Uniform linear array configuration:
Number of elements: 64
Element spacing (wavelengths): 0.25
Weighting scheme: kaiser
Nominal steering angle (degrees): -45
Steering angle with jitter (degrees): -43.299
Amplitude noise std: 0.05
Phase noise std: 0.05

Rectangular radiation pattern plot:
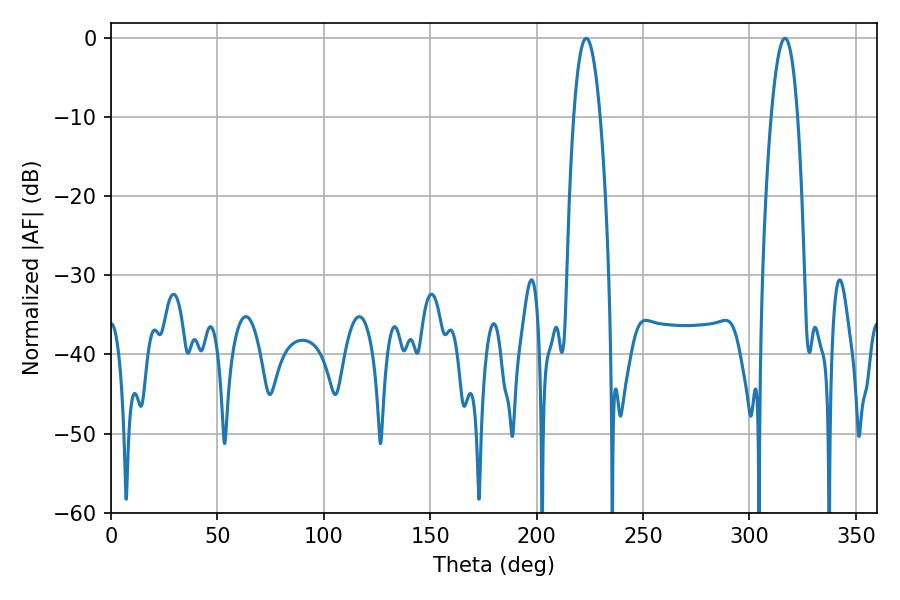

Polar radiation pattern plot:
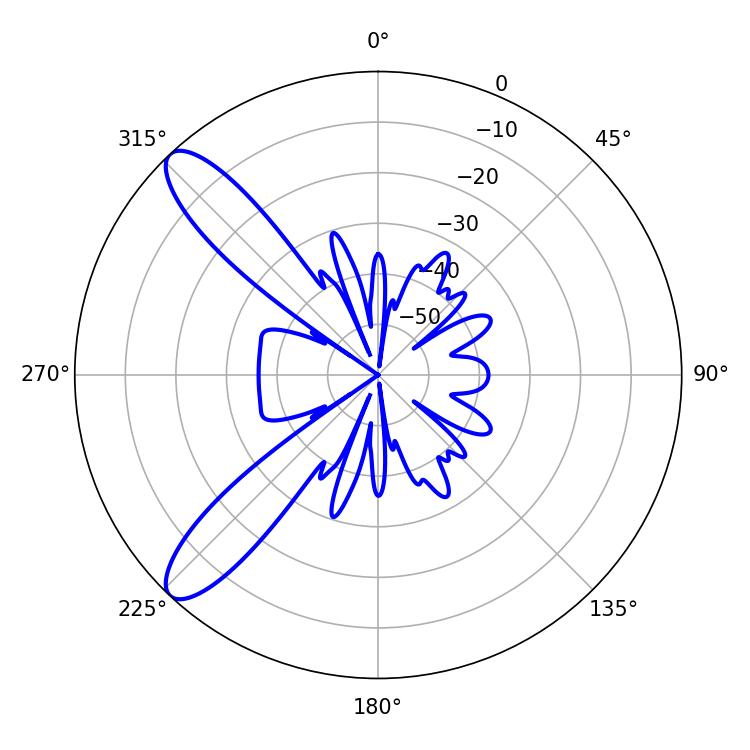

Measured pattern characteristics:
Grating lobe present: FALSE
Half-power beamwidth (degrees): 6.84
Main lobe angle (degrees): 316.62